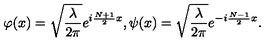
\varphi ( x ) = \sqrt { \frac { \lambda } { 2 \pi } } e ^ { i \frac { N + 1 } { 2 } x } , \psi ( x ) = \sqrt { \frac { \lambda } { 2 \pi } } e ^ { - i \frac { N - 1 } { 2 } x } .